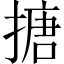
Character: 搪